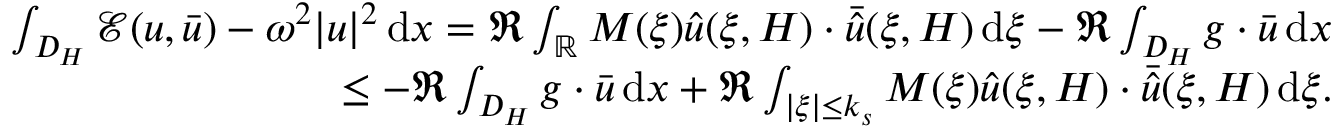
\begin{array} { r } { \int _ { D _ { H } } \mathcal { E } ( u , \bar { u } ) - \omega ^ { 2 } | u | ^ { 2 } \, \mathrm { d } x = \Re \int _ { \mathbb { R } } M ( \xi ) \hat { u } ( \xi , H ) \cdot \bar { \hat { u } } ( \xi , H ) \, \mathrm { d } \xi - \Re \int _ { D _ { H } } g \cdot \bar { u } \, \mathrm { d } x } \\ { \le - \Re \int _ { D _ { H } } g \cdot \bar { u } \, \mathrm { d } x + \Re \int _ { | \xi | \le k _ { s } } M ( \xi ) \hat { u } ( \xi , H ) \cdot \bar { \hat { u } } ( \xi , H ) \, \mathrm { d } \xi . } \end{array}